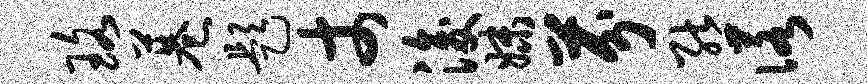
珞巷题丈浚妹芬熊诺